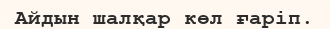
Айдын шалқар көл ғаріп.